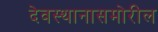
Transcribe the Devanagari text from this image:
देवस्थानासमोरील